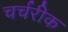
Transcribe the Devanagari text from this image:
चर्चरीक